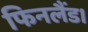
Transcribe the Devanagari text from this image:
फिनलैंड।